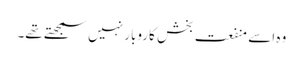
وہ اسے منفعت بخش کاروبار نہیں سمجھتے تھے۔